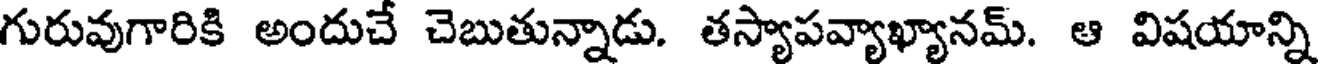
గురువుగారికి అందుచే చెబుతున్నాడు. తస్యాపవ్యాఖ్యానమ్. ఆ విషయాన్ని